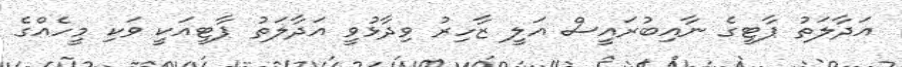
އަދާލަތު ޕާޓީގެ ނާއިބުރައީސް އަލީ ޒާހިރު ވިދާޅުވީ އަދާލަތު ޕާޓީއަކީ ވަކި މީހެއްގެ